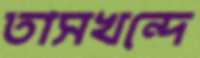
তাসখন্দে